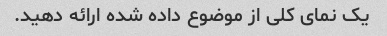
یک نمای کلی از موضوع داده شده ارائه دهید.